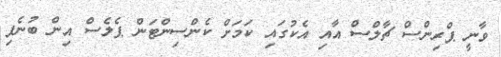
ވާނީ ޕްރިންސް ޗާލްސް އާއި އެކުގައި ކަމަށް ކެންސިންޓަން ޕެލެސް އިން ބުނެފި